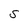
Character: S